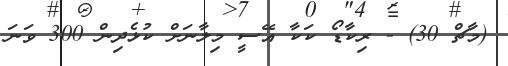
(މާޗް 30) - ރިކާޑޯ ކަކާ އޭސީ މިލާނަށް ކުޅެދިން 300 ވަނަ